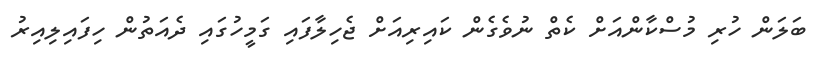
ބަލަން ހުރި މުސްކާންއަށް ކެތް ނުވެގެން ކައިރިއަށް ޖެހިލާފައި ގަމީހުގައި ދެއަތުން ހިފައިލިއިރު